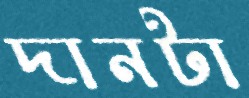
দানটা